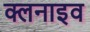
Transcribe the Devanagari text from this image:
क्लनाइव